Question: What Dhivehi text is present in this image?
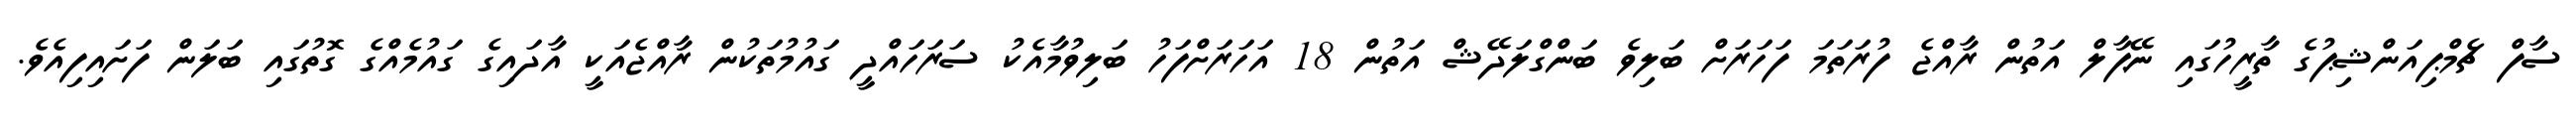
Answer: ސާފް ޗެމްޕިއަންޝިޕުގެ ތާރީހުގައި ނޭޕާލް އަތުން ރާއްޖެ ފުރަތަމަ ފަހަރަށް ބަލިވެ ބަންގްލަދޭޝް އަތުން 18 އަހަރަށްފަހު ބަލިވުމާއެކު ސަރަހައްދީ ގައުމުތަކުން ރާއްޖެއަކީ އާދައިގެ ގައުމެއްގެ ގޮތުގައި ބަލަން ފަށައިފިއެވެ.